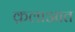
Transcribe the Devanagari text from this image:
क़लाआत